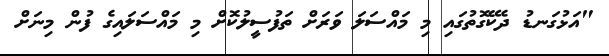
"އަޅުގަނޑު ދެކޭގޮތުގައި މި މައްސަލަ ވަރަށް ތަފުސީލުކޮށް މި މައްސަލައިގެ ފުން މިނަށް